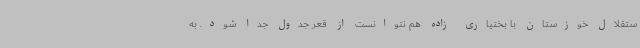
ستقلال خوزستان با بختیاری زاده هم نتوانست از قعر جدول جدا شود. به